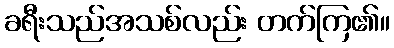
ခရီးသည်အသစ်လည်း တက်ကြ၏။